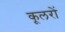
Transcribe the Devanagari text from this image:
कूलरों